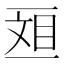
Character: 𫡴